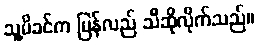
သူ့မိခင်က ပြန်လည် သီဆိုလိုက်သည်။